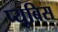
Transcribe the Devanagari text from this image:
प्यूबिस